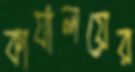
কার্যালয়ের